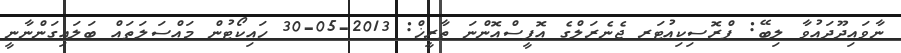
ނާވައިދޫދައުވާ ލިބޭ: ޕްރޮސިކިއުޓަރ ޖެނެރަލްގެ އޮފީސްއޮންނަ ތާރީޚް: 2013-05-30 ހައިކޯޓުން މައްސަލަތައް ބަލައިގަންނާނީ